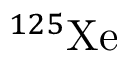
{ } ^ { 1 2 5 } \mathrm { X e }